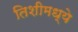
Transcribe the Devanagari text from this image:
तिशीमध्ये